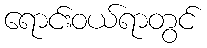
ရောင်းဝယ်ရာတွင်